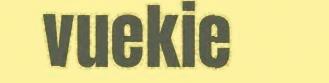
vuekie